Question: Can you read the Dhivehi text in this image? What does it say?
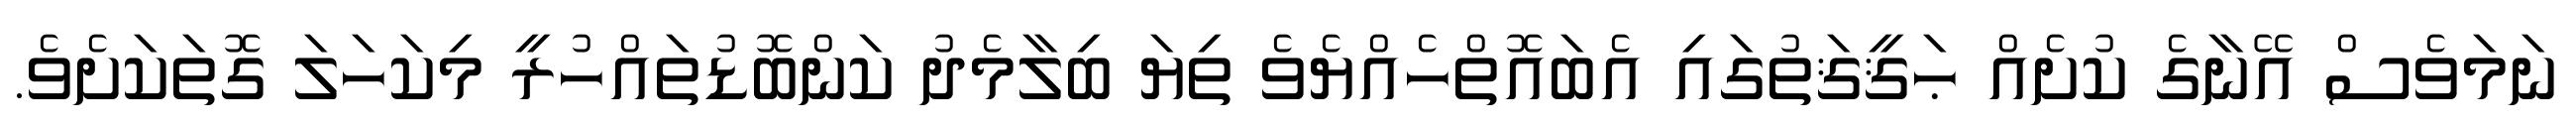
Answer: ނަމަވެސް އޭނާގެ ކުށެއް ޙަޤީޤަތުގައި އެބައޮތްހެއްޔެވެ ތިޔަ ބިލާމެދު ކަންބޮޑުތައްހުރީ މިކަހަލަ ގޮތަކަށެވެ.